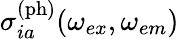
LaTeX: \sigma_{ia}^{\mathrm{(ph)}}(\omega_{ex},\omega_{em})